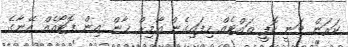
ކަރަން ވަނީ ކޮފީ ތައްޓެއް ހިފައިގެން އާމިރް ޚާން އިން ފޮޓޯއެއް އޭނާގެ